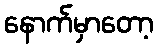
နောက်မှာတော့